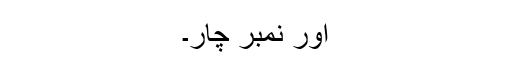
اور نمبر چار۔